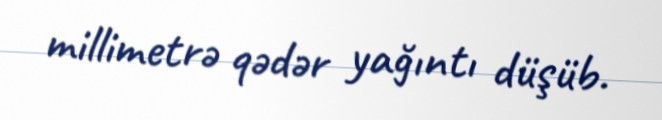
millimetrə qədər yağıntı düşüb.